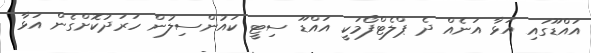
އައްޑޫގައި އަޅާ އަނެއް ދެ ޕްލެޓްފޯމަކީ އައްޑޫ ސިޓީ ކައުންސިލުން ހަރަދުކޮށްގެން އަޅާ